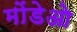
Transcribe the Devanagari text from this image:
मोंडेओ